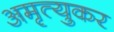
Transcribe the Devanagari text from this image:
अमृत्युकर